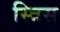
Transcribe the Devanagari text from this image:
स्त्रिस